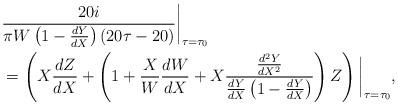
LaTeX: \begin{align*} & \frac{20i}{\pi W\left ( 1 - \frac{dY}{dX} \right ) (20 \tau -20)} \bigg |_{\tau = \tau_{0}} \\ &= \left ( X \frac{dZ}{dX} + \left ( 1 + \frac{X}{W} \frac{dW}{dX} + X \frac{\frac{d^{2}Y}{dX^{2}}}{\frac{dY}{dX} \left ( 1 - \frac{dY}{dX} \right )} \right ) Z \right ) \bigg |_{\tau = \tau_{0}}, \end{align*}